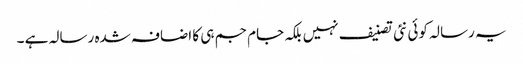
یہ رسالہ کوئی نئی تصنیف نہیں بلکہ جام جم ہی کا اضافہ شدہ رسالہ ہے ۔